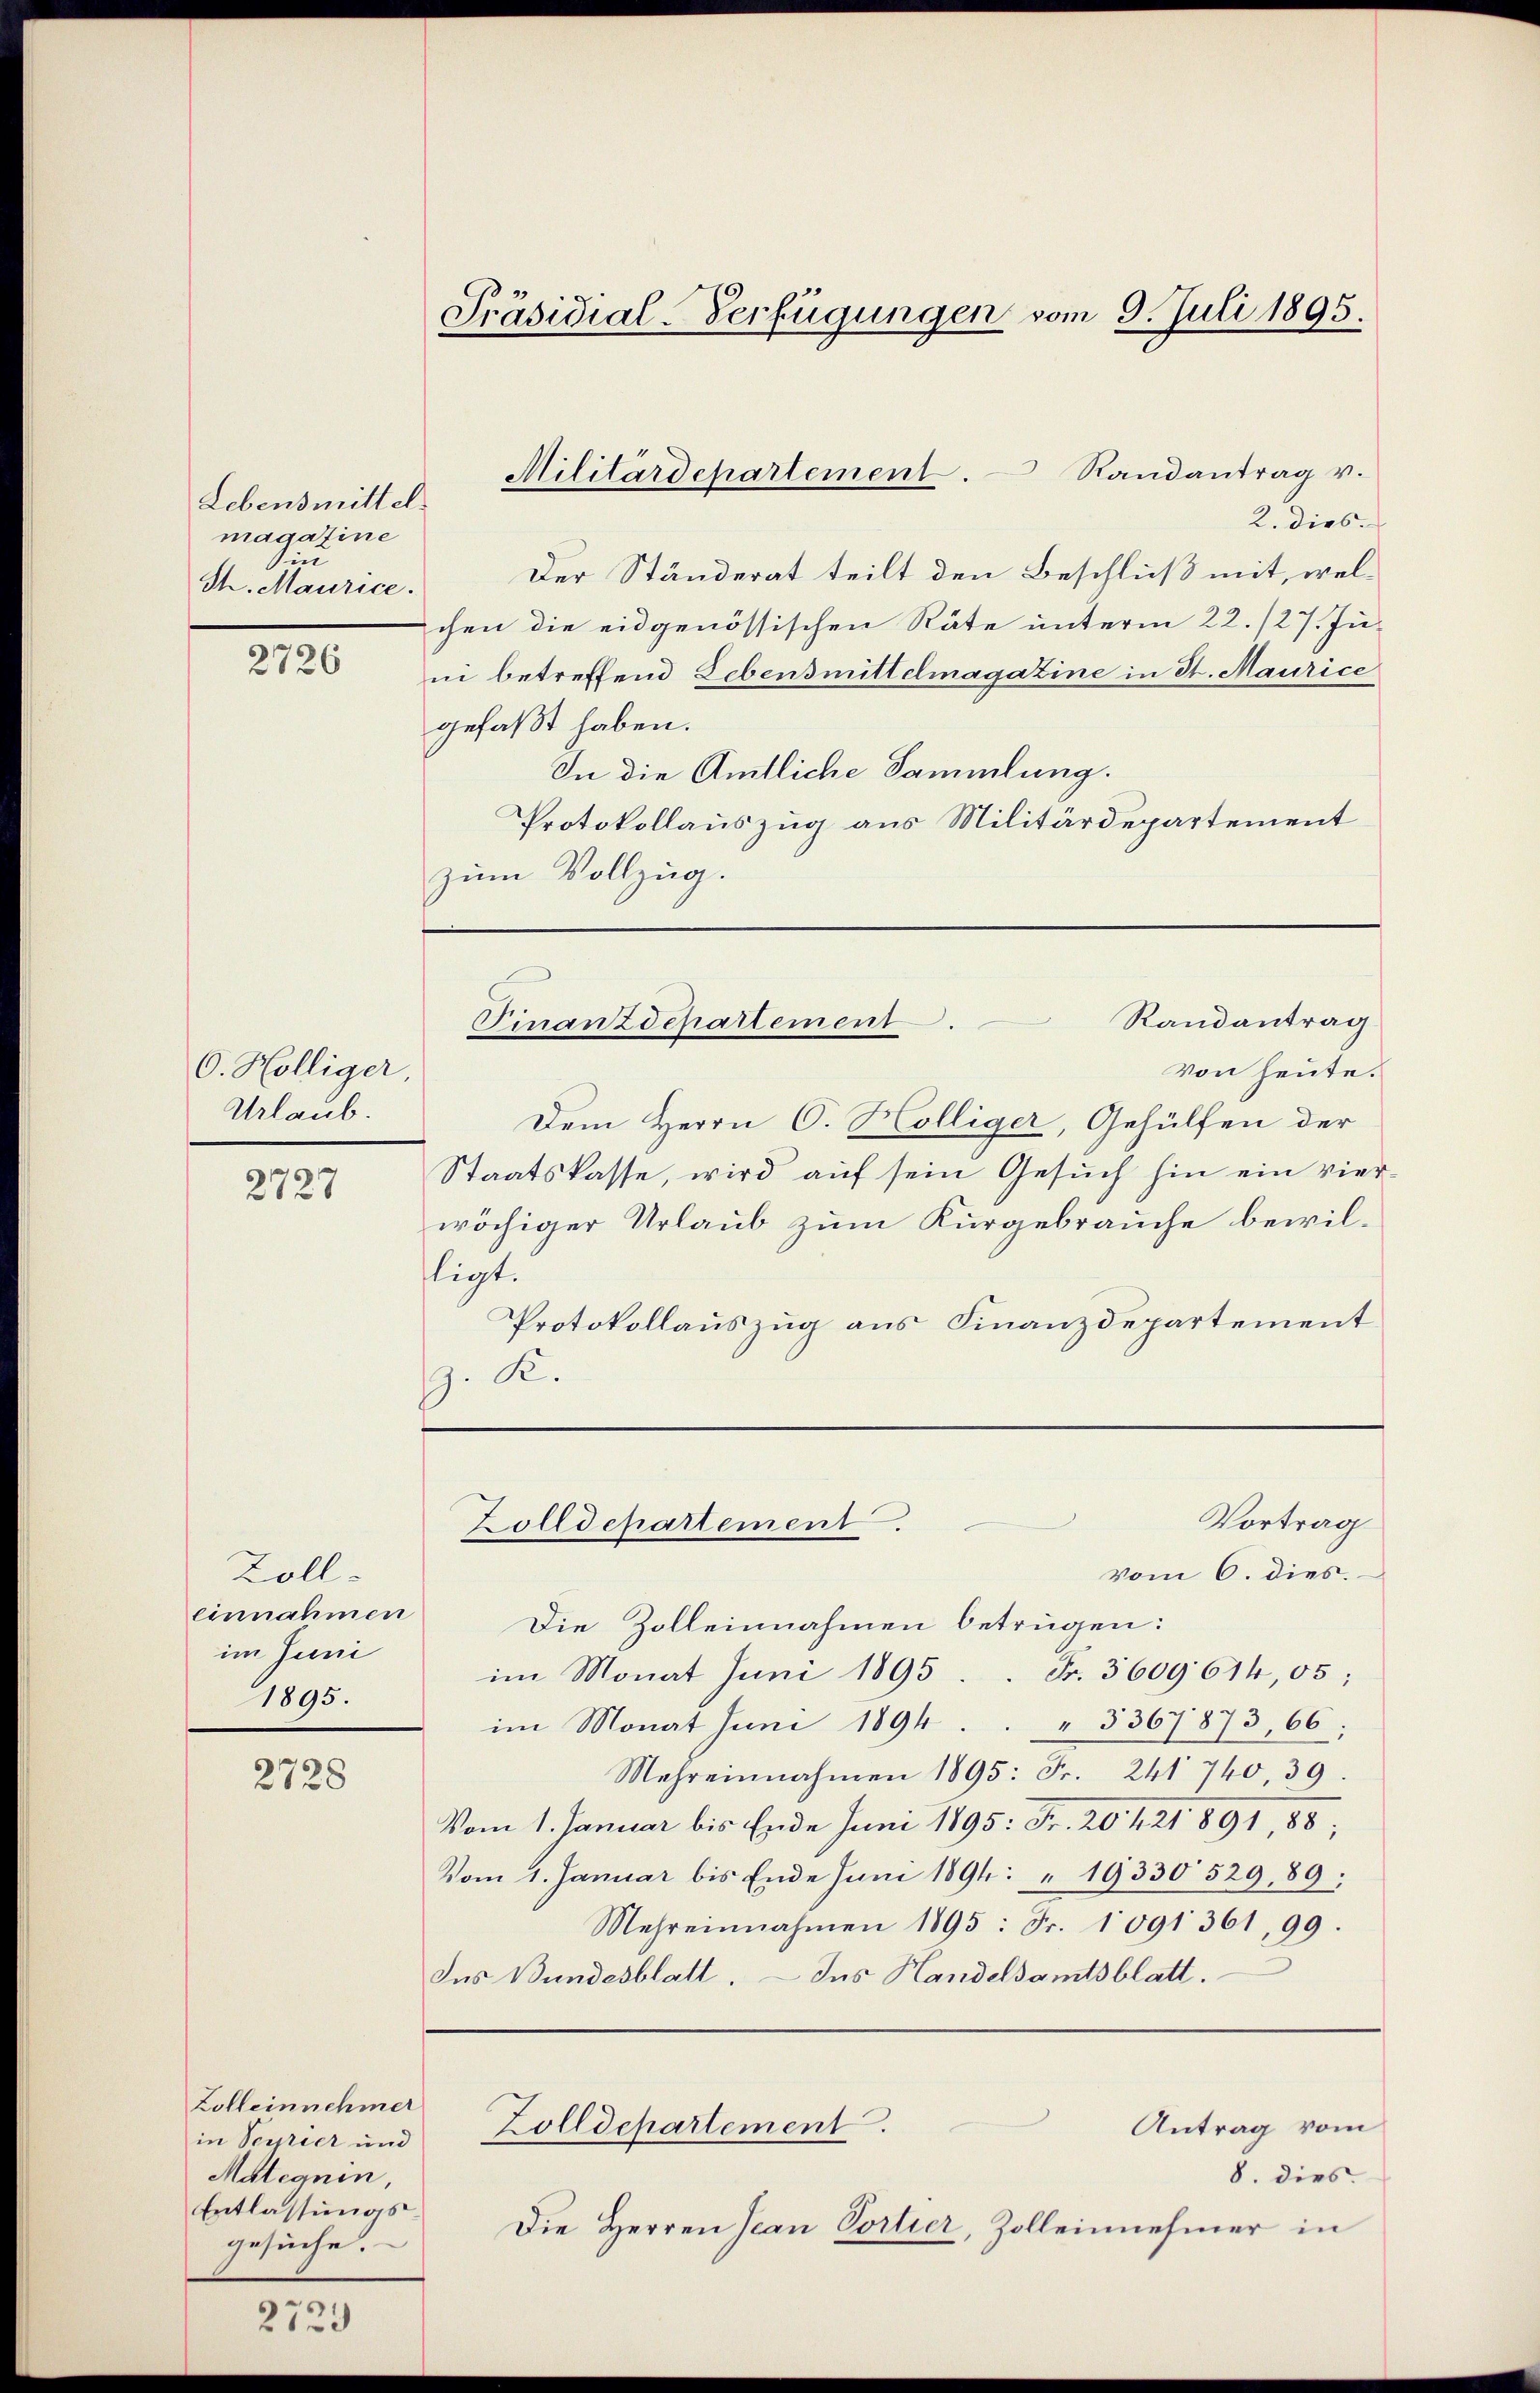
Lebensmittel
magazine
in
Th. Maurice.

2726

O. Hölliger
Urlaub.

2727

Zoll-
einnahmen
im Juni
1895.

2728

Zolleinnehmer
in Scipier und
Malegnen,
Entlassungs-
gesuche.

2729

Präsidial-Verfügungen vom 9. Juli 1895.

2. dies
Der Ständerat teilt den Beschluß mit, welchen die eidgenössischen Räte unterm 22./27. Ju-
ni betreffend Lebensmittelmagazine in St. Maurice
gefaßt haben.
In die Amtliche Sammlung.
Protokollauszug aus Militärdepartement
zum Vollzug.

Militärdepartement. Randantrag v.

Von heute.
Dem Herrn C. Hölliger, Gehülfen der
Staatskasse, wird auf sein Gesuch hin ein vierwöchiger Urlaub zum Kurgebrauche bewilligt.
Protokollauszug aus Finanzdepartement
. K.
vom 6. dies.
Die Zolleinnahmen betrügen:
im Monat Juni 1895. Fr. 3609614,05;
im Monat Juni 1894. " 3367873, 66;
Mehreinnahmen 1895: Fr. 241 740 39.
Vom 1. Januar bis Ende Juni 1895: Fr. 20421 891, 88;
Vom 1. Januar bis Ende Juni 1894. " 19330 529,89;
Mehreinnahmen 1895: Fr. 1091361, 99.
Ins Bundesblatt. — Ius Handelsamtsblatt.
Antrag vom
Zolldepartement.
8. dies
Die Herren Jean Portier, Zolleinnehmer in

Randantrag
Finanzdchartement.

Vortrag
Zolldepartement.